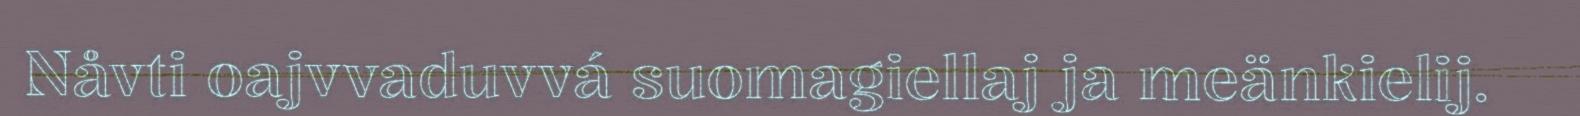
Nåvti oajvvaduvvá suomagiellaj ja meänkielij.